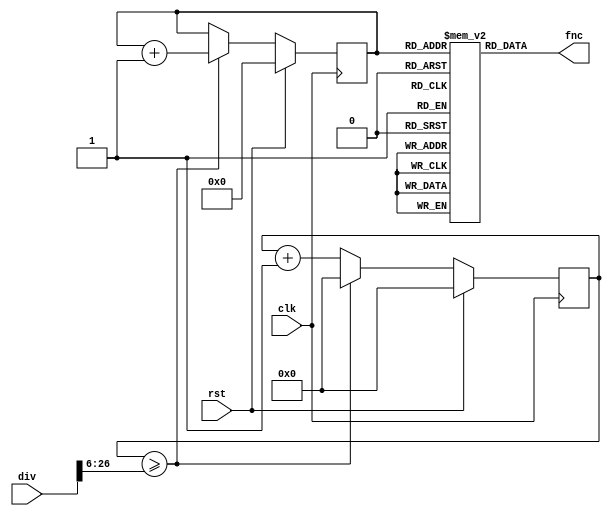
/*
136 Timing Errors @ 200MHz
TODO:
-Improve high frequency response
-Eliminate 6-8 timing errors at 200MHz
*/
module sine (
    input clk,  // clock
    input rst,  // reset
    input [26 : 0] div,
    output [5:0] fnc
  );
  
  reg [5 :0] sine_rom[63:0];
  reg [26 : 0] min_div; //Sets delay in cycles for each increment
  reg [26 : 0] counter; //therefore countermax is 26'
  reg [5 : 0] add_q,add_d;
  //assign fnc={&fnc_q,next_off[0],off_addr_q[0],next_on[0],on_addr_q[0],aclk,(counter==next_off),(counter==next_on)};
  assign fnc=sine_rom[add_q];
  initial begin
    //Begin ROM, resolution: 6 bits
    sine_rom[0]=32;sine_rom[1]=35;sine_rom[2]=38;sine_rom[3]=41;sine_rom[4]=44;sine_rom[5]=47;sine_rom[6]=49;sine_rom[7]=52;
    sine_rom[8]=54;sine_rom[9]=56;sine_rom[10]=58;sine_rom[11]=60;sine_rom[12]=61;sine_rom[13]=62;sine_rom[14]=63;sine_rom[15]=63;
    sine_rom[16]=63;sine_rom[17]=63;sine_rom[18]=62;sine_rom[19]=61;sine_rom[20]=60;sine_rom[21]=59;sine_rom[22]=57;sine_rom[23]=55;
    sine_rom[24]=53;sine_rom[25]=51;sine_rom[26]=48;sine_rom[27]=45;sine_rom[28]=42;sine_rom[29]=39;sine_rom[30]=36;sine_rom[31]=33;
    sine_rom[32]=30;sine_rom[33]=27;sine_rom[34]=24;sine_rom[35]=21;sine_rom[36]=18;sine_rom[37]=15;sine_rom[38]=12;sine_rom[39]=10;
    sine_rom[40]=8;sine_rom[41]=6;sine_rom[42]=4;sine_rom[43]=3;sine_rom[44]=2;sine_rom[45]=1;sine_rom[46]=0;sine_rom[47]=0;
    sine_rom[48]=0;sine_rom[49]=0;sine_rom[50]=1;sine_rom[51]=2;sine_rom[52]=3;sine_rom[53]=5;sine_rom[54]=7;sine_rom[55]=9;
    sine_rom[56]=11;sine_rom[57]=14;sine_rom[58]=16;sine_rom[59]=19;sine_rom[60]=22;sine_rom[61]=25;sine_rom[62]=28;sine_rom[63]=31;
    //End ROM
    
  end
  
  /* Combinational Logic */
  always @* begin
    min_div=(div>>6);
    add_d=add_q+1;
  end
  
  /* Sequential Logic */
  always @(posedge clk) begin
    if (rst) begin
      // Add flip-flop reset values here
      counter <= 0;
      add_q<= 0;
    end
    else if(counter>=min_div) begin
      counter<=27'd0;
      add_q<=add_d;
    end
    else counter <= counter+1'b1;
  end
  
endmodule